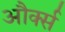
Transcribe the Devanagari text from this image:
और्क्स